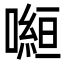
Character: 𭊿